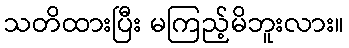
သတိထားပြီး မကြည့်မိဘူးလား။